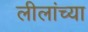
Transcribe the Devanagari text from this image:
लीलांच्या